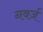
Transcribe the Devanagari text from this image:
नवर्ज़